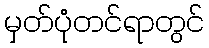
မှတ်ပုံတင်ရာတွင်